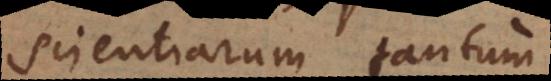
scientiarum tantum,